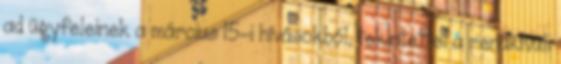
ad ügyfeleinek a március 15-i hívásokból, tekintettel a rendkívüli